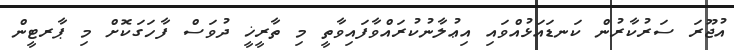
އުޖޫރަ ސަރުކާރުން ކަނޑައަޅުއްވައި އިޢުލާނުކުރައްވާފައިވާތީ މި ތާރީޚީ ދުވަސް ފާހަގަކޮށް މި ޕާރޓީން